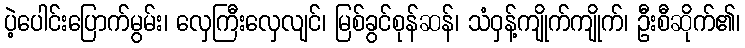
ပဲ့ပေါင်းပြောက်မွမ်း၊ လှေကြီးလှေလျင်၊ မြစ်ခွင်စုန်ဆန်၊ သံဝှန့်ကျိုက်ကျိုက်၊ ဦးစီဆိုက်၏၊